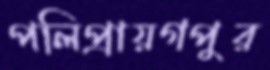
পলিপ্রায়গপুর